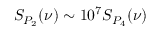
S _ { P _ { 2 } } ( \nu ) \sim 1 0 ^ { 7 } S _ { P _ { 4 } } ( \nu )